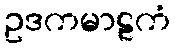
ဥဒကမာဠကံ